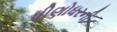
ધીણોધરની